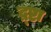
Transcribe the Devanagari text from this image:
द्र्ष्टा